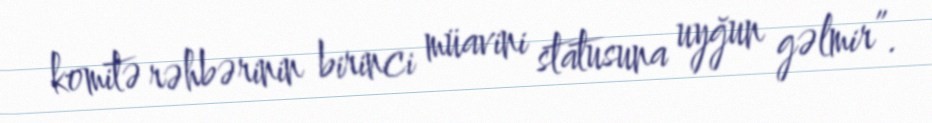
komitə rəhbərinin birinci müavini statusuna uyğun gəlmir”.